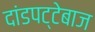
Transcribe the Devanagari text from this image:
दांडपट्टेबाज